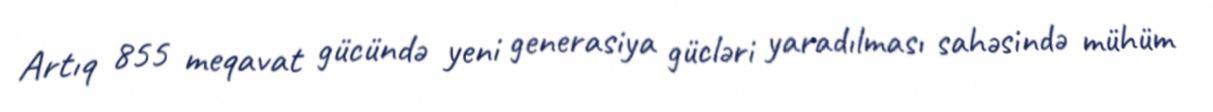
Artıq 855 meqavat gücündə yeni generasiya gücləri yaradılması sahəsində mühüm